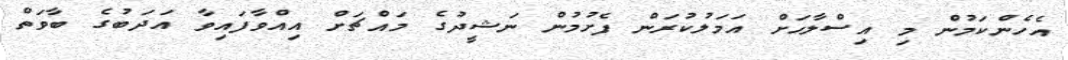
އެހެންކަމުން މި އިސްލާހަށް އަމަލުކުރަން ފެށުމުން ނަޝީދުގެ މައްޗަށް އިއްވާފައިވާ އަދަބުގެ ބާވަތް